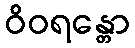
ဝိဝရန္တော